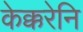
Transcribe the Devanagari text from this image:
केक्करेनि